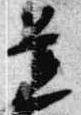
置